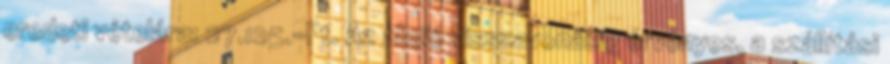
eredeti vételára: 27.125.-Ft. Az akció visszavonásig érvényes, a szállítási